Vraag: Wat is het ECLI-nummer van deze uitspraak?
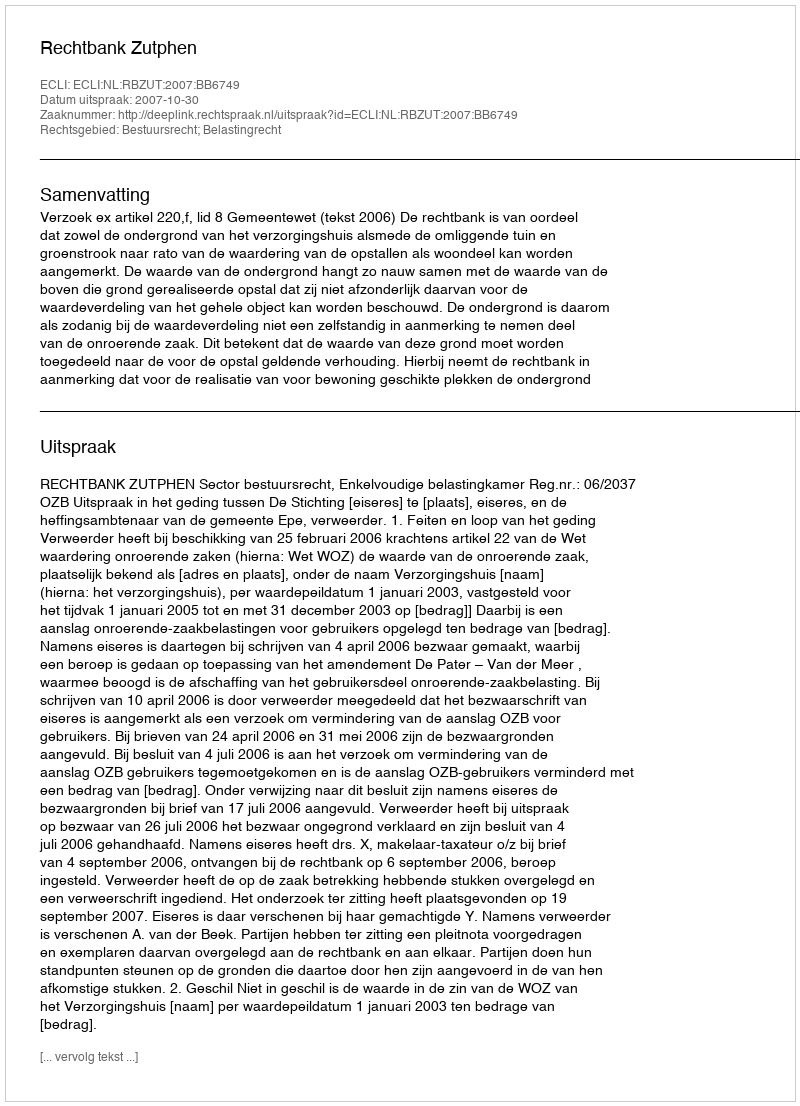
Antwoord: ECLI:NL:RBZUT:2007:BB6749